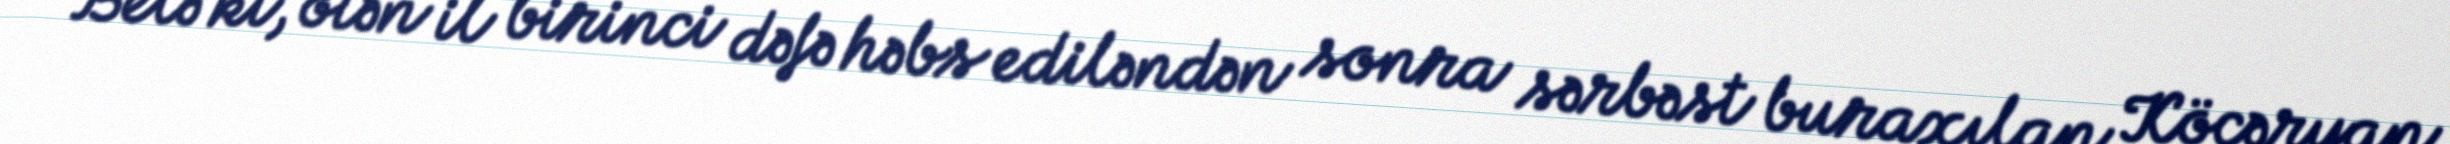
Belə ki, ötən il birinci dəfə həbs ediləndən sonra sərbəst buraxılan Köçəryan